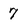
Character: 7